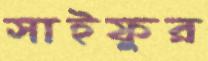
সাইফুর